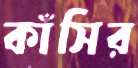
কাঁসির